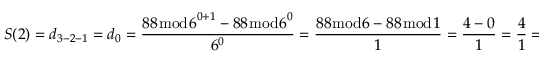
S ( 2 ) = d _ { 3 - 2 - 1 } = d _ { 0 } = { \frac { 8 8 { \bmod { 6 } } ^ { 0 + 1 } - 8 8 { \bmod { 6 } } ^ { 0 } } { 6 ^ { 0 } } } = { \frac { 8 8 { \bmod { 6 } } - 8 8 { \bmod { 1 } } } { 1 } } = { \frac { 4 - 0 } { 1 } } = { \frac { 4 } { 1 } } = 4